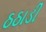
ઠઠાડી